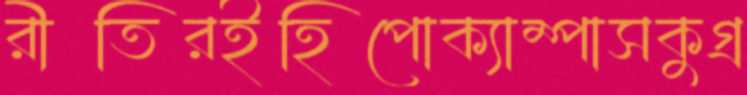
রীতিরইহিপোক্যাম্পাসকুগ্র